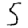
Digit: 5